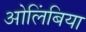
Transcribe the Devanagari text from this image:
ओलिंबिया